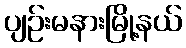
ပျဉ်းမနားမြို့နယ်